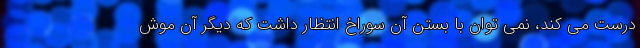
درست می کند، نمی توان با بستن آن سوراخ انتظار داشت که دیگر آن موش